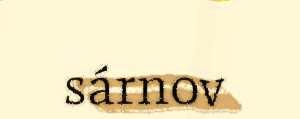
sárnov